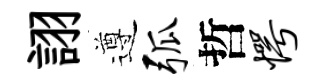
詡遵弧哲愕